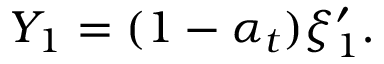
Y _ { 1 } = ( 1 - \alpha _ { t } ) \xi _ { 1 } ^ { \prime } .